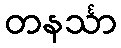
တနင်္သာ